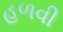
હળવી